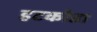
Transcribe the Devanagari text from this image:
हटकोडा